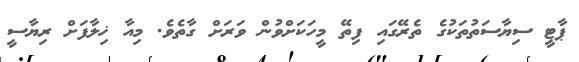
ޕާޓީ ސިޔާސަތުތަކުގެ ތެރޭގައި ފިތޭ މީހަކަށްވުން ވަރަށް ގާތެވެ. މިއާ ޚިލާފަށް ރިޔާސީ